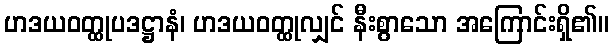
ဟဒယဝတ္ထုပဒဋ္ဌာနံ၊ ဟဒယဝတ္ထုလျှင် နီးစွာသော အကြောင်းရှိ၏။